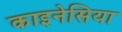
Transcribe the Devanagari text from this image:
काइनेसिया